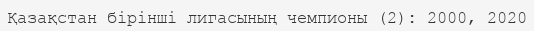
Қазақстан бірінші лигасының чемпионы (2): 2000, 2020